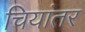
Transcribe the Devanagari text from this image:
चियांतर